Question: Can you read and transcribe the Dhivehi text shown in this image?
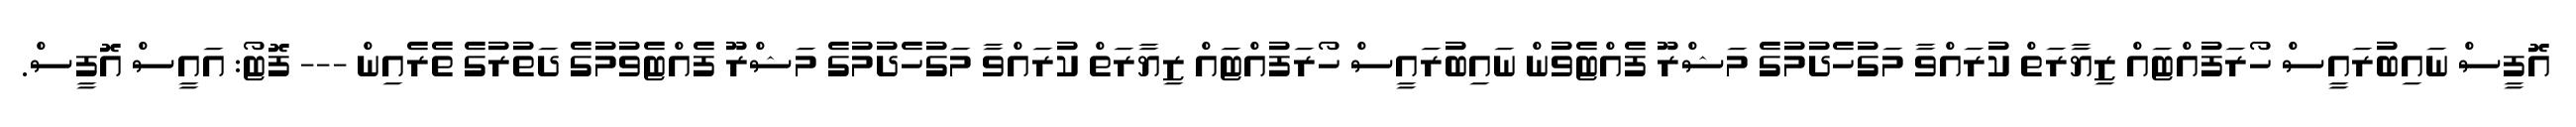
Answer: އޮފީސް ނައިބުރައީސް ހޯރަފުއްޓައް ޒިޔާރަތް ކުރައްވާ މަގުހެދުމުގެ މަޝްރޫ ފެއްޓެވުން ނައިބުރައީސް ހޯރަފުއްޓައް ޒިޔާރަތް ކުރައްވާ މަގުހެދުމުގެ މަޝްރޫ ފެއްޓެވުމުގެ ދަތުރުގެ ތެރެއިން --- ފޮޓޯ: އައީސް އޮފީސް.